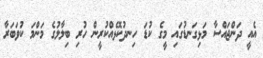
އެއީ ދަންޖައްސާ މަޅިގަނޑުގައި މީގެ ކުޑަ ހިނދުކޮޅެއްކުރީން ހުރި ބިލާލުގެ މަންމަ ކުވަބަރާ